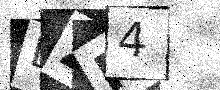
Text: LZF4